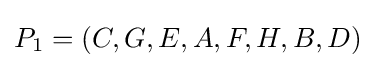
P_{1}=\left(C,G,E,A,F,H,B,D\right)